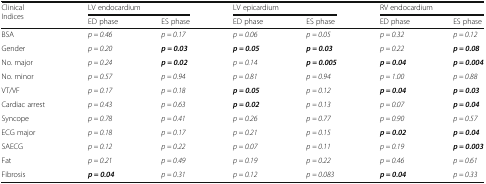
<table><thead><tr><td rowspan="2"><b>Clinical Indices</b></td><td colspan="2"><b>LV endocardium</b></td><td colspan="2"><b>LV epicardium</b></td><td colspan="2"><b>RV endocardium</b></td></tr><tr><td><b>ED phase</b></td><td><b>ES phase</b></td><td><b>ED phase</b></td><td><b>ES phase</b></td><td><b>ED phase</b></td><td><b>ES phase</b></td></tr></thead><tbody><tr><td>BSA</td><td><i>p = 0.46</i></td><td><i>p = 0.17</i></td><td><i>p = 0.06</i></td><td><i>p = 0.05</i></td><td><i>p = 0.32</i></td><td><i>p = 0.12</i></td></tr><tr><td>Gender</td><td><i>p = 0.20</i></td><td><b><i>p = 0.03</i></b></td><td><b><i>p = 0.05</i></b></td><td><b><i>p = 0.03</i></b></td><td><i>p = 0.22</i></td><td><b><i>p = 0.08</i></b></td></tr><tr><td>No. major</td><td><i>p = 0.24</i></td><td><b><i>p = 0.02</i></b></td><td><i>p = 0.14</i></td><td><b><i>p = 0.005</i></b></td><td><b><i>p = 0.04</i></b></td><td><b><i>p = 0.004</i></b></td></tr><tr><td>No. minor</td><td><i>p = 0.57</i></td><td><i>p = 0.94</i></td><td><i>p = 0.81</i></td><td><i>p = 0.94</i></td><td><i>p = 1.00</i></td><td><i>p = 0.88</i></td></tr><tr><td>VT/VF</td><td><i>p = 0.17</i></td><td><i>p = 0.18</i></td><td><b><i>p = 0.05</i></b></td><td><i>p = 0.12</i></td><td><b><i>p = 0.04</i></b></td><td><b><i>p = 0.03</i></b></td></tr><tr><td>Cardiac arrest</td><td><i>p = 0.43</i></td><td><i>p = 0.63</i></td><td><b><i>p = 0.02</i></b></td><td><i>p = 0.13</i></td><td><i>p = 0.07</i></td><td><b><i>p = 0.04</i></b></td></tr><tr><td>Syncope</td><td><i>p = 0.78</i></td><td><i>p = 0.41</i></td><td><i>p = 0.26</i></td><td><i>p = 0.77</i></td><td><i>p = 0.90</i></td><td><i>p = 0.57</i></td></tr><tr><td>ECG major</td><td><i>p = 0.18</i></td><td><i>p = 0.17</i></td><td><i>p = 0.21</i></td><td><i>p = 0.15</i></td><td><b><i>p = 0.02</i></b></td><td><b><i>p = 0.04</i></b></td></tr><tr><td>SAECG</td><td><i>p = 0.12</i></td><td><i>p = 0.22</i></td><td><i>p = 0.07</i></td><td><i>p = 0.11</i></td><td><i>p = 0.19</i></td><td><b><i>p = 0.003</i></b></td></tr><tr><td>Fat</td><td><i>p = 0.21</i></td><td><i>p = 0.49</i></td><td><i>p = 0.19</i></td><td><i>p = 0.22</i></td><td><i>p = 0.46</i></td><td><i>p = 0.61</i></td></tr><tr><td>Fibrosis</td><td><b><i>p = 0.04</i></b></td><td><i>p = 0.31</i></td><td><i>p = 0.12</i></td><td><i>p = 0.083</i></td><td><b><i>p = 0.04</i></b></td><td><i>p = 0.33</i></td></tr></tbody></table>